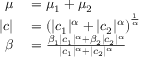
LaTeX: \begin{array} { r l } { \mu } & { { } = \mu _ { 1 } + \mu _ { 2 } } \\ { | c | } & { { } = \left( | c _ { 1 } | ^ { \alpha } + | c _ { 2 } | ^ { \alpha } \right) ^ { \frac { 1 } { \alpha } } } \\ { \beta } & { { } = { \frac { \beta _ { 1 } | c _ { 1 } | ^ { \alpha } + \beta _ { 2 } | c _ { 2 } | ^ { \alpha } } { | c _ { 1 } | ^ { \alpha } + | c _ { 2 } | ^ { \alpha } } } } \end{array}